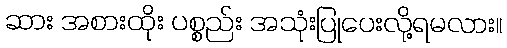
ဆား အစားထိုး ပစ္စည်း အသုံးပြုပေးလို့ရမလား။